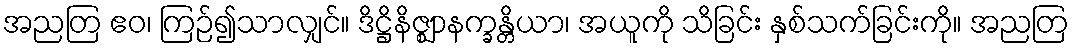
အညတြ ဧဝ၊ ကြဉ်၍သာလျှင်။ ဒိဋ္ဌိနိဇ္ဈာနက္ခန္တိယာ၊ အယူကို သိခြင်း နှစ်သက်ခြင်းကို။ အညတြ